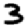
Digit: 3